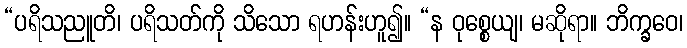
“ပရိသညူတိ၊ ပရိသတ်ကို သိသော ရဟန်းဟူ၍။ “န ဝုစ္စေယျ၊ မဆိုရာ။ ဘိက္ခဝေ၊